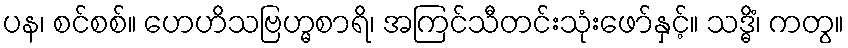
ပန၊ စင်စစ်။ ဟေဟိသဗြဟ္မစာရိ၊ အကြင်သီတင်းသုံးဖော်နှင့်။ သဒ္ဓိံ၊ ကတွ။